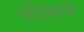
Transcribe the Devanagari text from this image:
स्टेडियमऔर